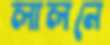
লালনে